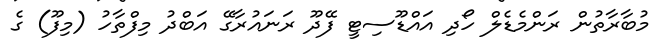
މުބާރާތުން ރަންމެޑެލް ހޯދި އައްޑޫސިޓީ ފޭދޫ ރަނައުރާގޭ އަބްދު މިފްތާހު (މިފޫ) ގެ